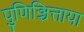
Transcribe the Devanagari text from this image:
पुणिञ्चित्ताया